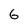
Character: 6